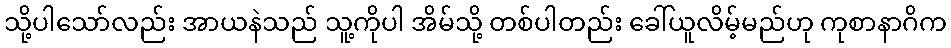
သို့ပါသော်လည်း အာယနဲသည် သူ့ကိုပါ အိမ်သို့ တစ်ပါတည်း ခေါ်ယူလိမ့်မည်ဟု ကုစာနာဂိက